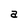
Character: a